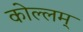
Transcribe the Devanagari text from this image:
कोल्लम्‌